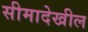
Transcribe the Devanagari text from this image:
सीमादेखील